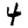
Digit: 4